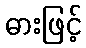
ဓားဖြင့်